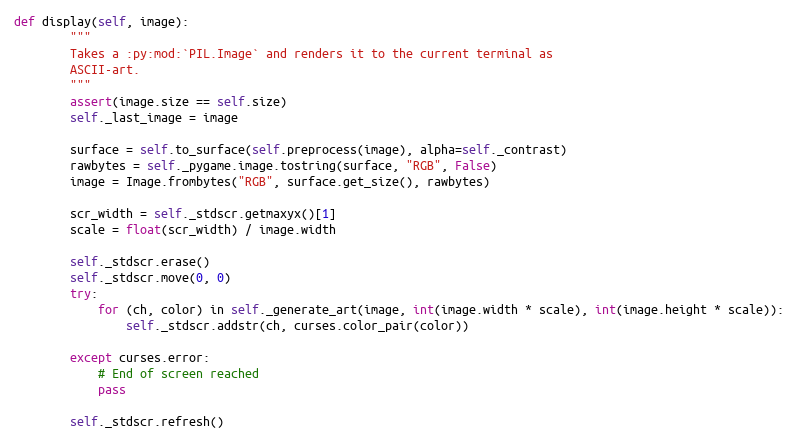
Language: Python
def display(self, image):
        """
        Takes a :py:mod:`PIL.Image` and renders it to the current terminal as
        ASCII-art.
        """
        assert(image.size == self.size)
        self._last_image = image

        surface = self.to_surface(self.preprocess(image), alpha=self._contrast)
        rawbytes = self._pygame.image.tostring(surface, "RGB", False)
        image = Image.frombytes("RGB", surface.get_size(), rawbytes)

        scr_width = self._stdscr.getmaxyx()[1]
        scale = float(scr_width) / image.width

        self._stdscr.erase()
        self._stdscr.move(0, 0)
        try:
            for (ch, color) in self._generate_art(image, int(image.width * scale), int(image.height * scale)):
                self._stdscr.addstr(ch, curses.color_pair(color))

        except curses.error:
            # End of screen reached
            pass

        self._stdscr.refresh()